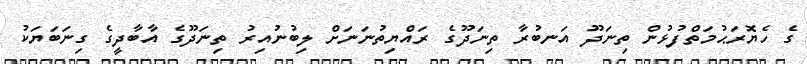
ގެ ހެޔޮރަޙުމަތްފުޅުން ތިނަދޫ އަނބުރާ ތިނަދޫގެ ރައްޔިތުނަނަށް ލިބުނުއިރު ތިނަދޫގެ އާބާދީގެ ގިނަބަޔަކު